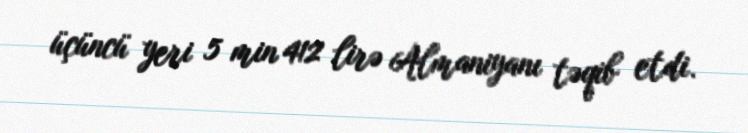
üçüncü yeri 5 min 412 lirə Almaniyanı təqib etdi.